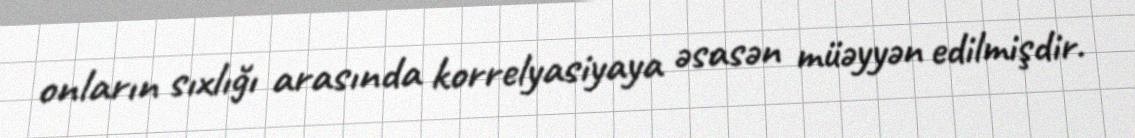
onların sıxlığı arasında korrelyasiyaya əsasən müəyyən edilmişdir.